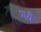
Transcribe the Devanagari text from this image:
गयै